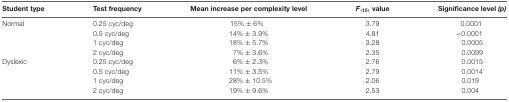
<table><thead><tr><td><b>Student type</b></td><td><b>Test frequency</b></td><td><b>Mean increase per complexity level</b></td><td><b><i>F</i><sub>(15)</sub> value</b></td><td><b>Significance level <i>(p)</i></b></td></tr></thead><tbody><tr><td>Normal</td><td>0.25 cyc/deg</td><td>15% ± 6%</td><td>3.79</td><td>0.0001</td></tr><tr><td></td><td>0.5 cyc/deg</td><td>14% ± 3.9%</td><td>4.81</td><td>&lt;0.0001</td></tr><tr><td></td><td>1 cyc/deg</td><td>18% ± 5.7%</td><td>3.28</td><td>0.0005</td></tr><tr><td></td><td>2 cyc/deg</td><td>7% ± 3.6%</td><td>2.35</td><td>0.0099</td></tr><tr><td>Dyslexic</td><td>0.25 cyc/deg</td><td>6% ± 2.3%</td><td>2.76</td><td>0.0015</td></tr><tr><td></td><td>0.5 cyc/deg</td><td>11% ± 3.5%</td><td>2.79</td><td>0.0014</td></tr><tr><td></td><td>1 cyc/deg</td><td>28% ± 10.5%</td><td>2.06</td><td>0.019</td></tr><tr><td></td><td>2 cyc/deg</td><td>19% ± 9.6%</td><td>2.53</td><td>0.004</td></tr></tbody></table>